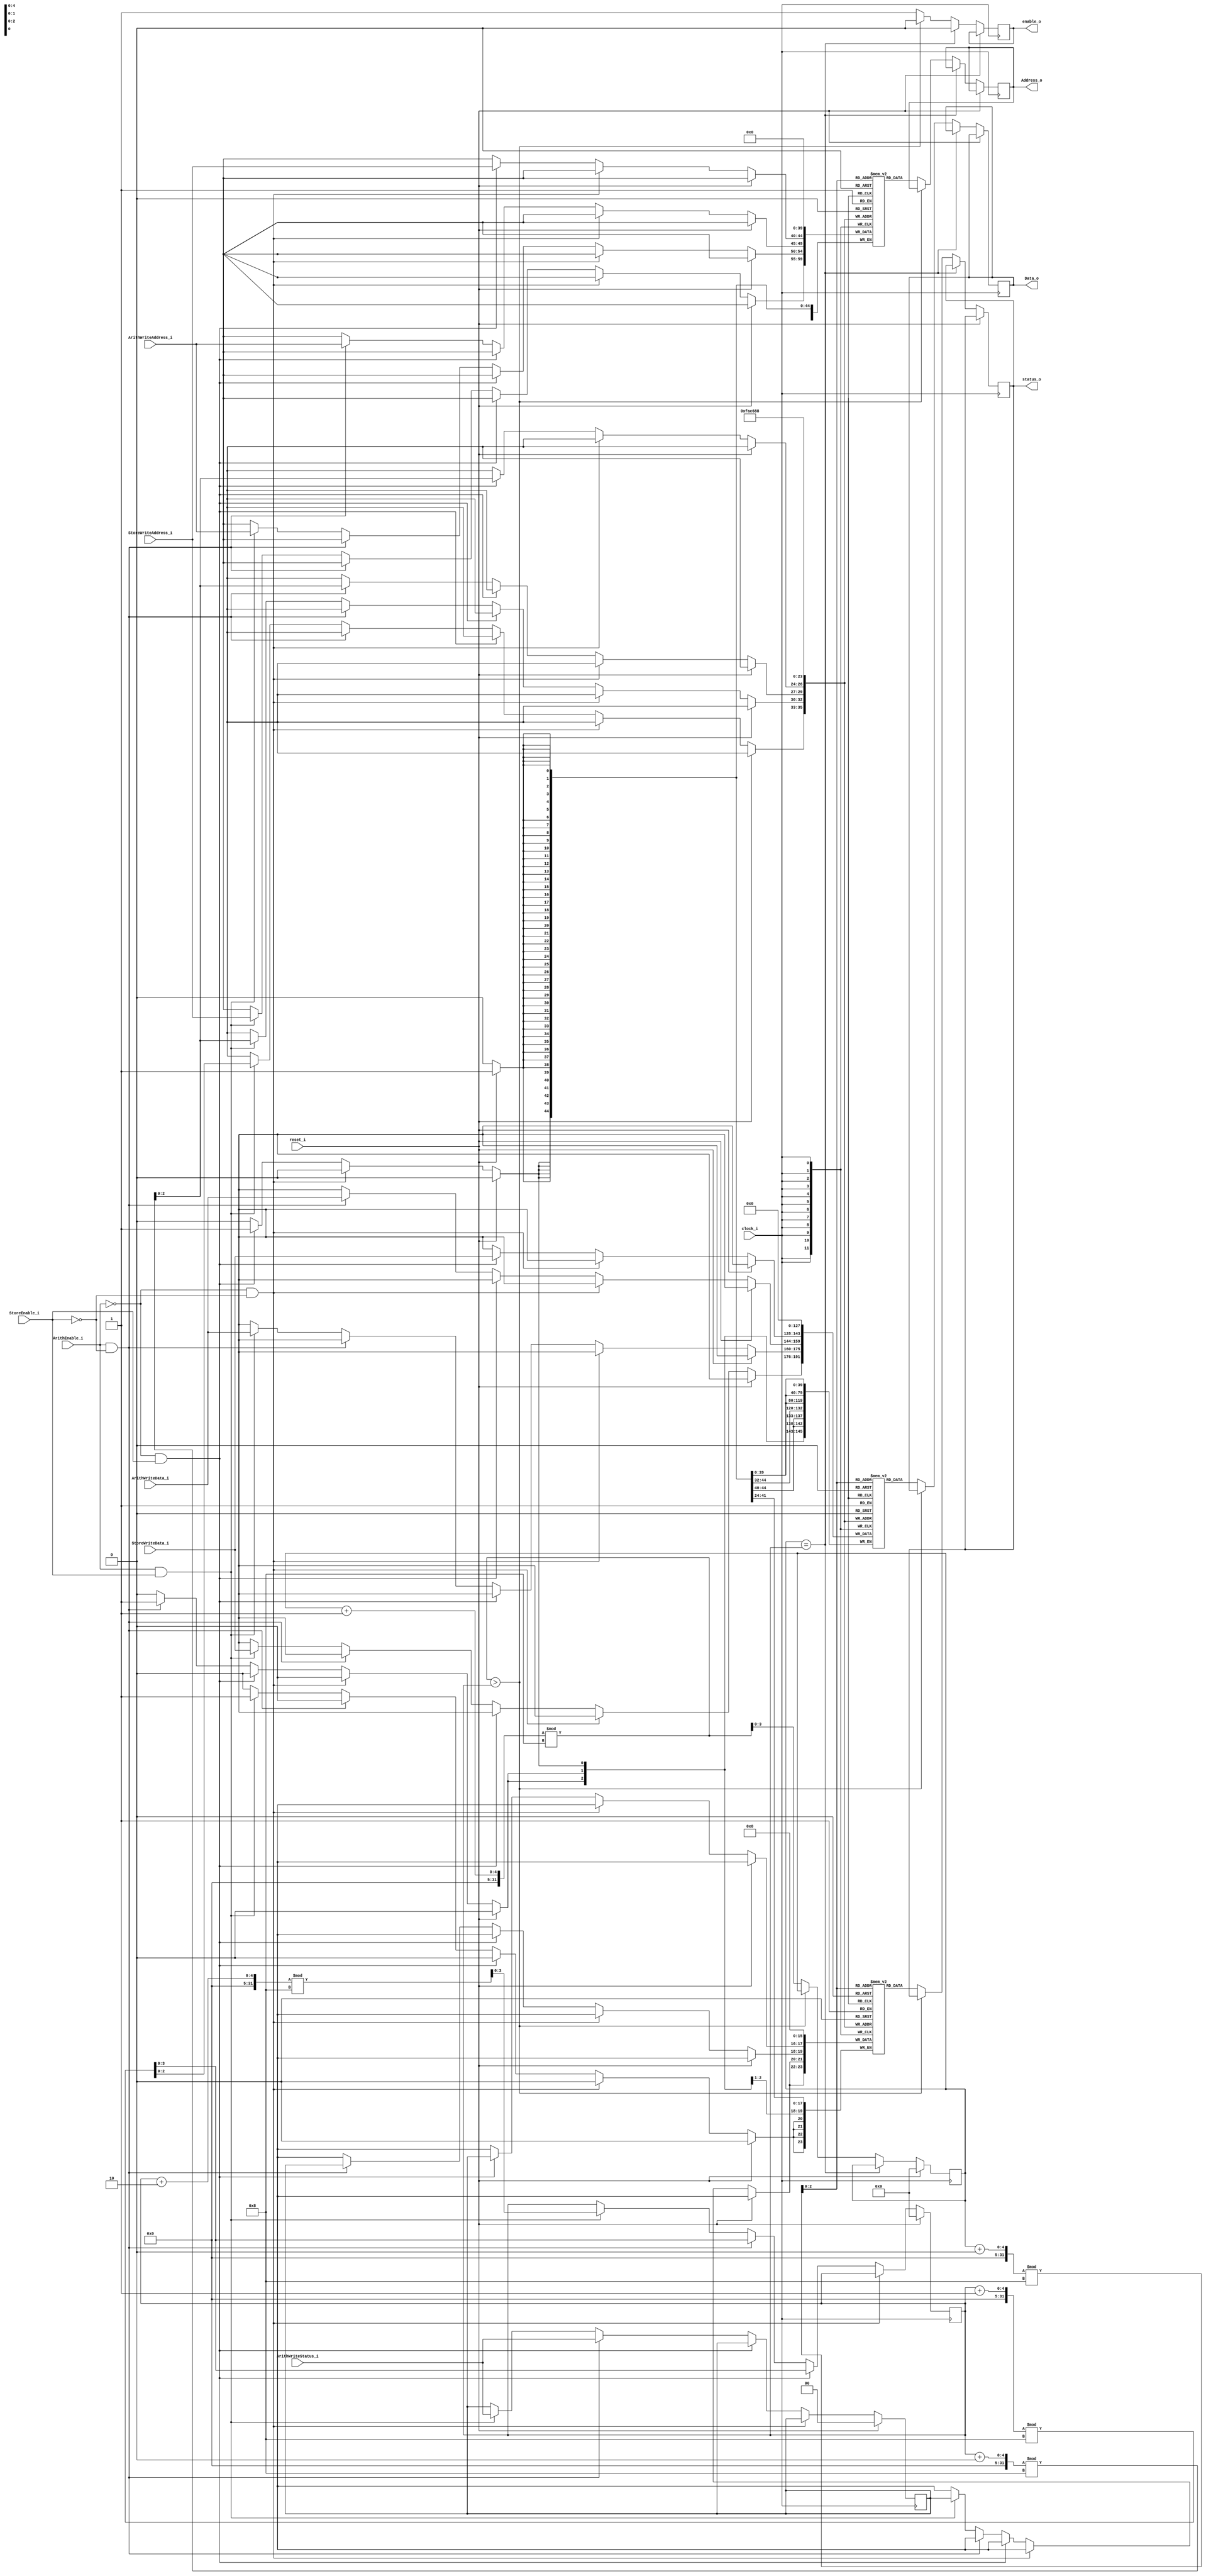
`timescale 1ns / 1ps
//////////////////////////////////////////////////////////////////////////////////
//README!
//This FIFO is responsible for taking in register writebacks from the arithmatic and loadstore units, and sequentialising them for the register file
//it is implemented a multi write - multi read curcular queue.

//The way this queue works is as follows:
//The queue is written to by 4 units; the two arithmatic units from the A and B pipelines and also the loadstore unit.
//Each arithmatic unit is capable of submitting one writeback to the FIFO per cycle and the loadstore unit is capable of submitting
//two writebacks to the FIFO per cycle.
//
//The FIFO is capable of retiring two entries per cycle, meaning at peak the FIFO will take a net of plus two entries on a busy cycle.
//
//As the pipelines are only capable of dispatching two instructions per cycle, the average load on the FIFO with a perfectly utilised pipeline
//will be two submissions and two retirements.
//The reason a peak could result in 4 submissions is if a previously dispatched read instruction from both pipelines (memory read) completes at the same
//time as a pair of arithmatic instructions are completed, this would result in 4 register writebacks, this however ought to be very rare and as the queue
//will still operate when the pipelines are pushing nops, this queue will never be able to completly fill as it can handle maximum sustained pipeline bandith
//////////////////////////////////////////////////////////////////////////////////

module WritebackFIFO(
	input wire clock_i,
	input wire reset_i,
	//input data from the Arithmatic units
	input wire ArithEnable_i,
	input wire [4:0] ArithWriteAddress_i,
	input wire [15:0] ArithWriteData_i,
	input wire [1:0] ArithWriteStatus_i,

	//input data from the store unit
	input wire StoreEnable_i,
	input wire [4:0] StoreWriteAddress_i,
	input wire [15:0] StoreWriteData_i,
	
	//two output ports (two dequeues per cycle)
	output reg enable_o,
	output reg [4:0] Address_o,
	output reg [15:0] Data_o,
	output reg [1:0] status_o
	);

	parameter NUM_QUEUE_ENTRIES = 8;
	integer i;
	//old status
	//these are updated with the status from the arithmatics so when the store happens, we know what status to send back
	reg [1:0] statusR;
	
	//writeback queue	
	reg [4:0] Address [NUM_QUEUE_ENTRIES -1: 0];
	reg [15:0] Data [NUM_QUEUE_ENTRIES -1: 0];
	reg [1:0] status [NUM_QUEUE_ENTRIES -1: 0];
	
	reg [3:0] front, back;//front and back of the queue
	
	always @(posedge clock_i)
	begin
		//$display("\n");
		if(reset_i)
		begin
			//$display("FIFO reset");
			front <= 0;
			back <= 0;
			statusR <= 0;
			for(i = 0; i < NUM_QUEUE_ENTRIES; i = i + 1)
			begin
				Address[i] <= 0;
				Data[i] <= 0;
				status[i] <= 0;
			end
		end
		else
		begin
			//enqueue
			if((!ArithEnable_i) && (!StoreEnable_i))
			begin//all three writebacks
				//do nothing if neither are active
				//$display("enqueing nothing");
			end
			else if((!ArithEnable_i) && StoreEnable_i)
			begin
				//$display("enqueing 1 element");
				back <= (back + 1) % NUM_QUEUE_ENTRIES;
				
				//set the status for the elements in the fifo
				status[(back + 0) % NUM_QUEUE_ENTRIES] <= statusR;
				
				Address[(back + 0) % NUM_QUEUE_ENTRIES] <= StoreWriteAddress_i;
				
				Data[(back + 0) % NUM_QUEUE_ENTRIES] <= StoreWriteData_i;						
			end
			else if(ArithEnable_i && (!StoreEnable_i))
			begin
				//$display("enqueing 1 element");
				back <= (back + 1) % NUM_QUEUE_ENTRIES;
				statusR <= ArithWriteStatus_i;//set the status state
				
				//set the status for the elements in the fifo
				status[(back + 0) % NUM_QUEUE_ENTRIES] <= statusR;	
				
				Address[(back + 0) % NUM_QUEUE_ENTRIES] <= ArithWriteAddress_i;
				
				Data[(back + 0) % NUM_QUEUE_ENTRIES] <= ArithWriteData_i;					
			end
			else if(ArithEnable_i && StoreEnable_i)
			begin//all three writebacks
				//$display("enqueing 2 elements");
				back <= (back + 2) % NUM_QUEUE_ENTRIES;
				statusR <= ArithWriteStatus_i;//set the status state
				
				//set the status for the elements in the fifo
				status[(back + 0) % NUM_QUEUE_ENTRIES] <= statusR;
				status[(back + 1) % NUM_QUEUE_ENTRIES] <= statusR;		
				
				Address[(back + 0) % NUM_QUEUE_ENTRIES] <= ArithWriteAddress_i;
				Address[(back + 1) % NUM_QUEUE_ENTRIES] <= StoreWriteAddress_i;
				
				Data[(back + 0) % NUM_QUEUE_ENTRIES] <= ArithWriteData_i;
				Data[(back + 1) % NUM_QUEUE_ENTRIES] <= StoreWriteData_i;						
			end
			
			//dequeue
			if(front == back)//FIFO empty
			begin
				//$display("FIFO EMPTY");
				enable_o <= 0;
			end
			else if(((front + 1) % NUM_QUEUE_ENTRIES) > back)//dequeing 1 operation is too much (FIFO full)
			begin
				//is full
				//$display("FIFO FULL");
				enable_o <= 0;
			end
			else
			begin//dequeue one element
				//$display("Dequeing 1 element");
				enable_o <= 1;
				Address_o <= Address[(front + 0) % NUM_QUEUE_ENTRIES];
				Data_o <= Data[(front + 0) % NUM_QUEUE_ENTRIES];
				status_o <= status[(front + 0) % NUM_QUEUE_ENTRIES];
				front <= (front + 1) % NUM_QUEUE_ENTRIES;
			end			
			
		end
	end
endmodule